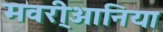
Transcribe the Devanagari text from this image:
मवरी्आनिया